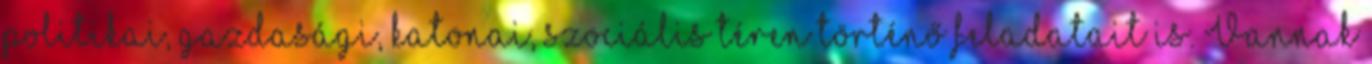
politikai, gazdasági, katonai, szociális téren történő feladatait is. Vannak